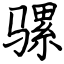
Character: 骡